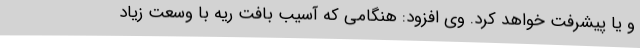
و یا پیشرفت خواهد کرد. وی افزود: هنگامی که آسیب بافت ریه با وسعت زیاد